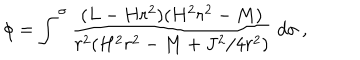
\phi = \int ^ { \sigma } \frac { ( L - H r ^ { 2 } ) ( H ^ { 2 } r ^ { 2 } - M ) } { r ^ { 2 } ( H ^ { 2 } r ^ { 2 } - M + J ^ { 2 } / 4 r ^ { 2 } ) } \; d \sigma \: ,